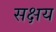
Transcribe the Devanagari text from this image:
सक्षय